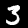
Label: 3